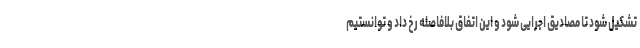
تشکیل شود تا مصادیق اجرایی شود و این اتفاق بلافاصله رخ داد و توانستیم